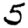
Digit: 5